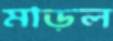
মাড়ল